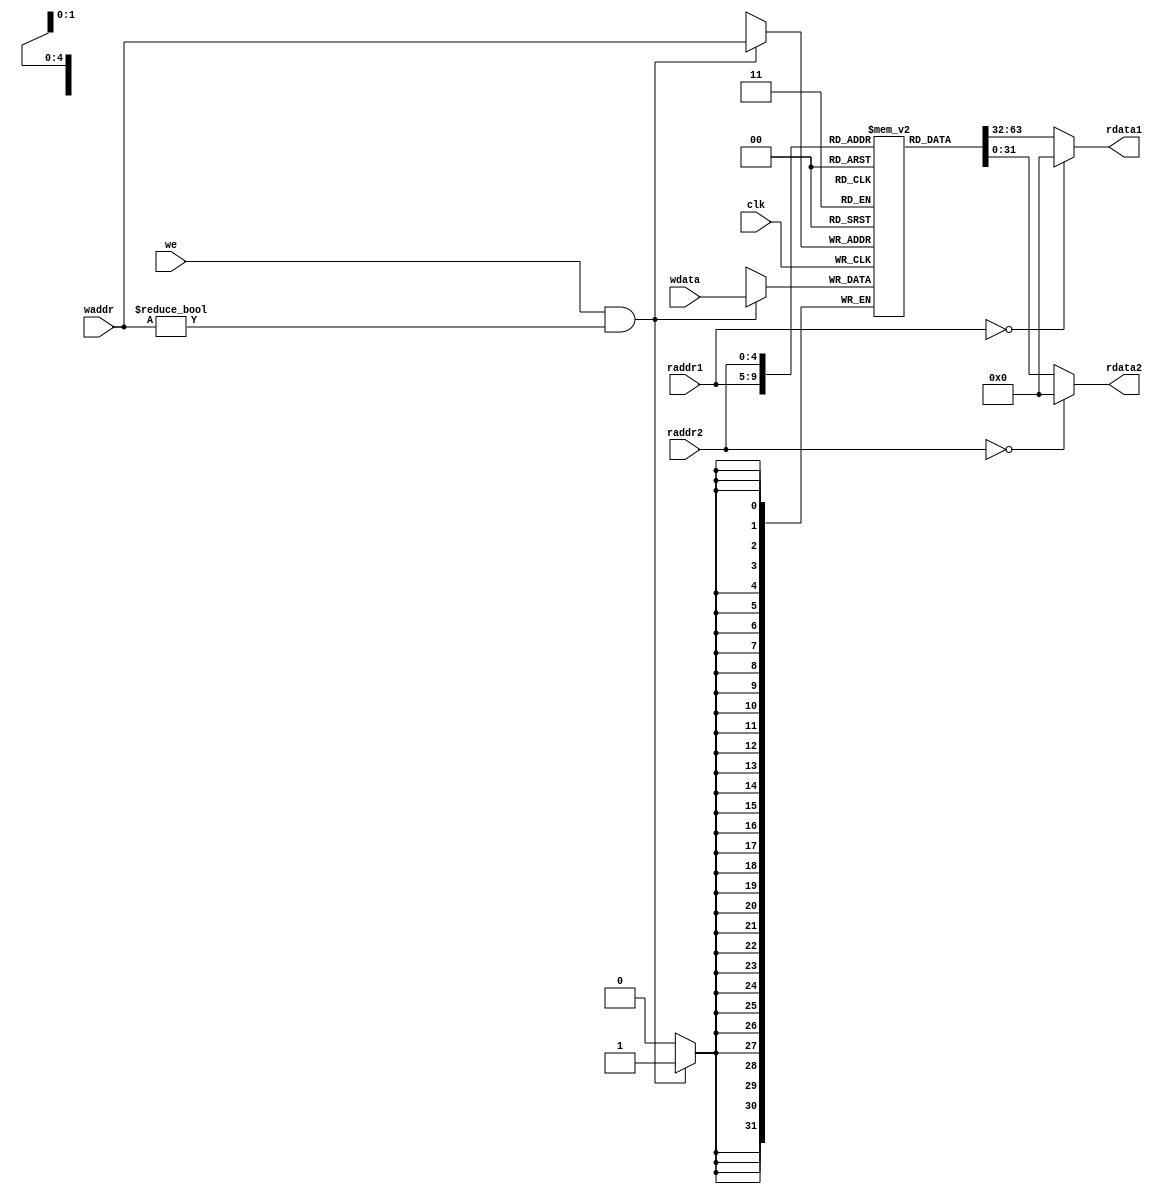
module regfile(
    input wire clk,

    input wire [4:0] raddr1,
    output wire [31:0] rdata1, //读第一个寄存器

    input wire [4:0] raddr2,
    output wire [31:0] rdata2,//读第二个寄存器
    
    input wire we,
    input wire [4:0] waddr,
    input wire [31:0] wdata   //写数据到寄存器中
);
    reg [31:0] reg_array [31:0];
    // write
    always @ (posedge clk) begin
        if (we && waddr!=5'b0) begin
            reg_array[waddr] <= wdata;
        end
    end

    // read out 1
    assign rdata1 = (raddr1 == 5'b0) ? 32'b0 : reg_array[raddr1];

    // read out2
    assign rdata2 = (raddr2 == 5'b0) ? 32'b0 : reg_array[raddr2];
endmodule